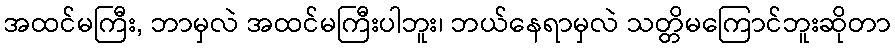
အထင်မကြီး, ဘာမှလဲ အထင်မကြီးပါဘူး၊ ဘယ်နေရာမှလဲ သတ္တိမကြောင်ဘူးဆိုတာ